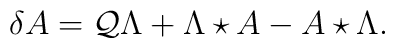
\delta A=\mathcal{Q}\Lambda +\Lambda \star A-A\star \Lambda .